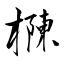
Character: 樄